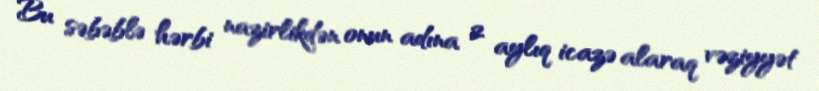
Bu səbəblə hərbi nazirlikdən onun adına 2 aylıq icazə alaraq vəziyyət